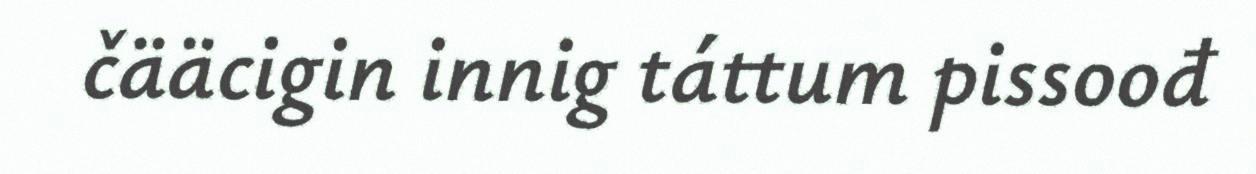
čääcigin innig táttum pissoođ